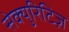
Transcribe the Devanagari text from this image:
सेक्युरिटिज़